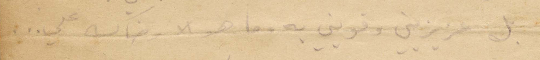
بل عزيزيني وقويني به. ما هو الا رضاك علي